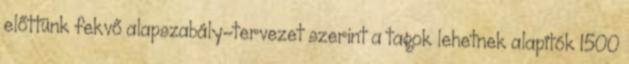
előttünk fekvő alapszabály-tervezet szerint a tagok lehetnek alapítók 1500